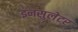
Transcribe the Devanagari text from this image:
इनसुलेटर